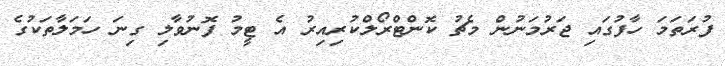
ފުރަތަމަ ހާފުގައި ޖަރުމަނުން މެޗު ކޮންޓްރޯލްކުރިއިރު އެ ޓީމު ފޮނުވާލި ގިނަ ހަމަލާތަކުގެ